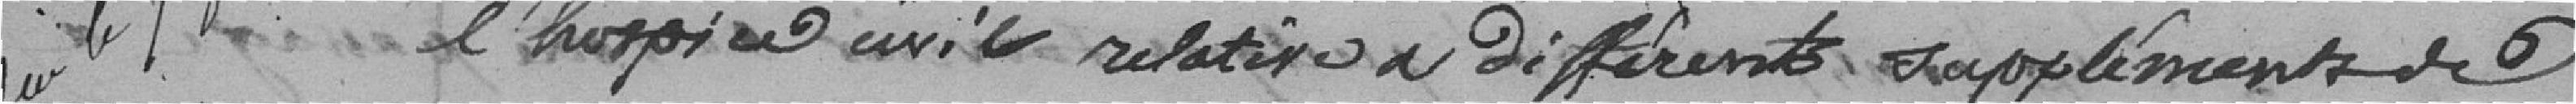
l'hospice civil relatif a différents suppléments de